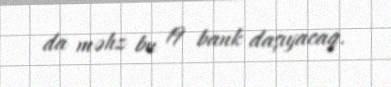
da məhz bu 19 bank daşıyacaq.